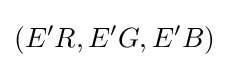
(E'R,E'G,E'B)